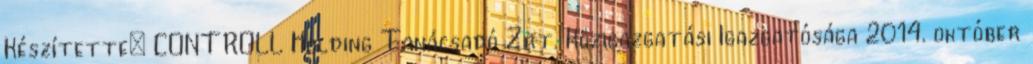
Készítette: CONTROLL Holding Tanácsadó Zrt. Közigazgatási Igazgatósága 2014. október